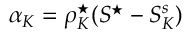
\alpha _ { K } = \rho _ { K } ^ { \star } ( S ^ { \star } - S _ { K } ^ { s } )